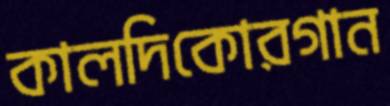
কালদিকোরগান